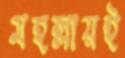
মহল্লায়ই